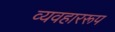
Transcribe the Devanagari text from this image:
व्यवहाररूप